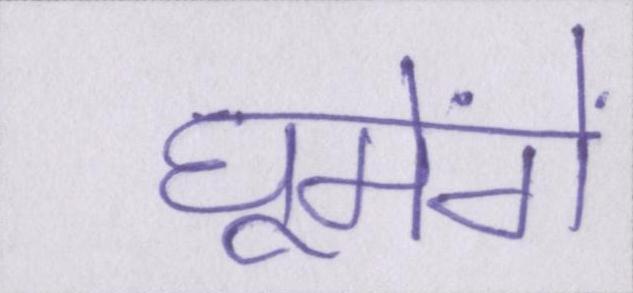
घूमेंगे